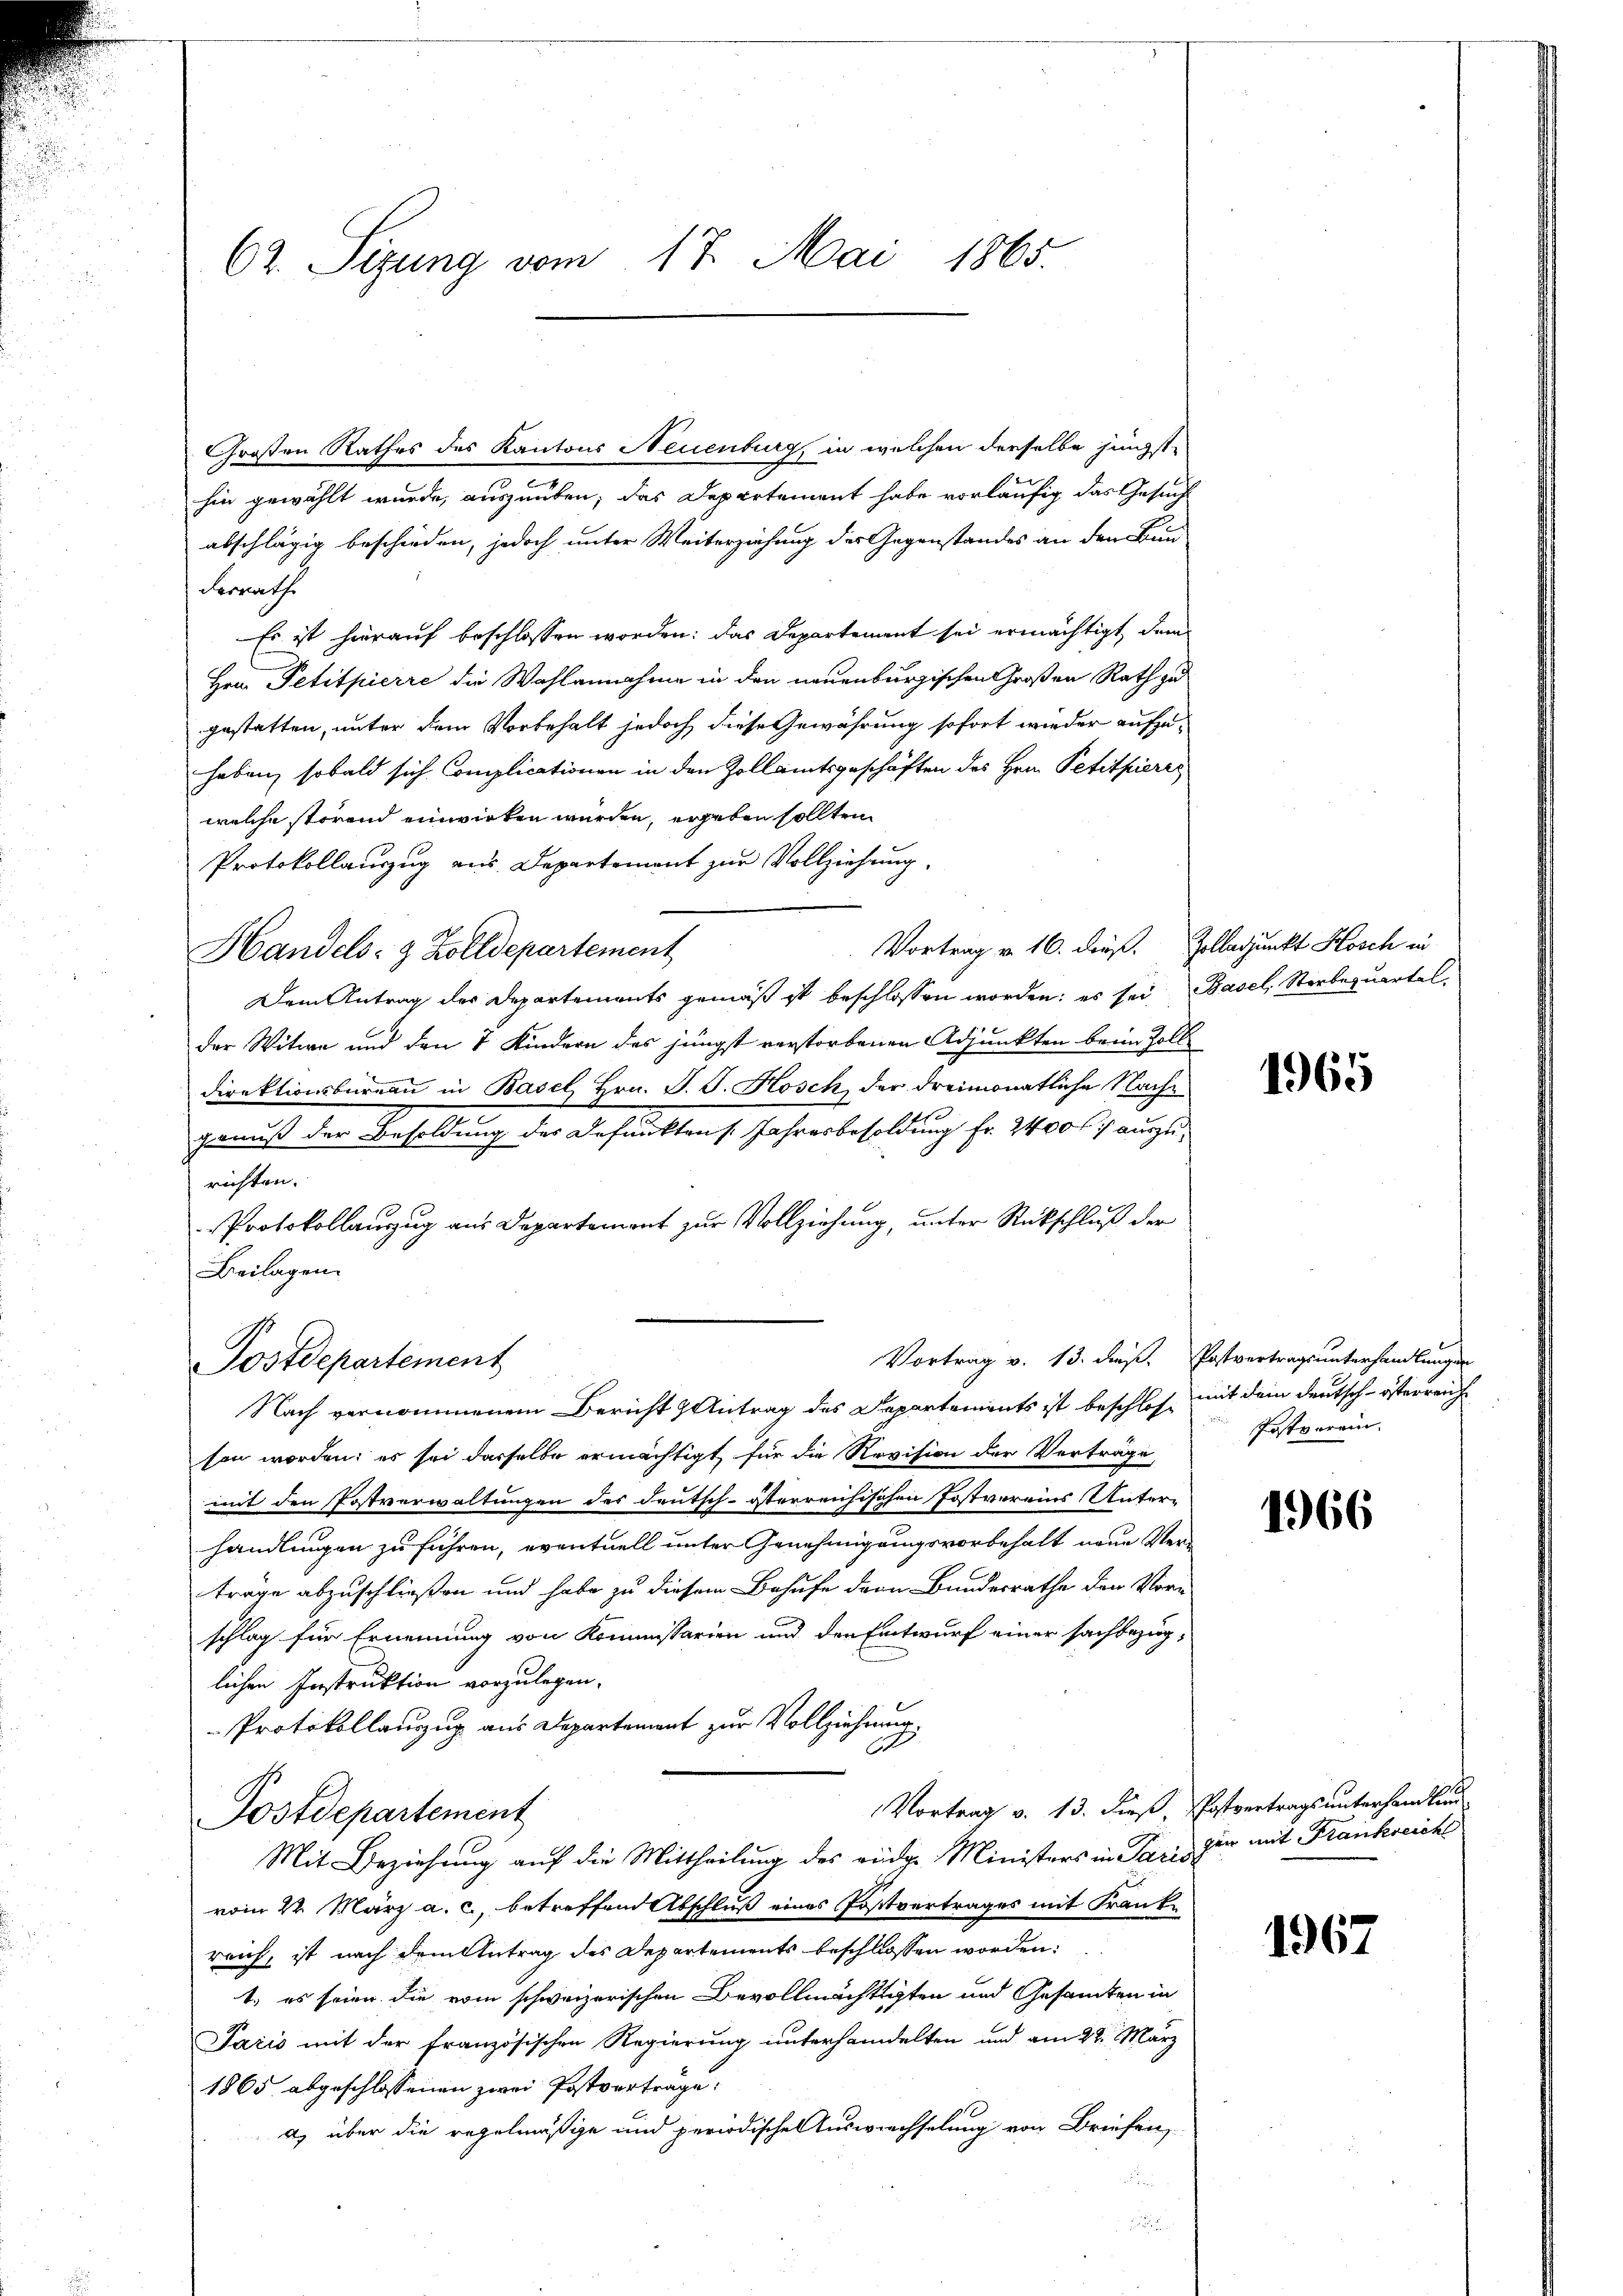
62. Sizung vom 17. Mai 1865.

Großen Rathes des Kantons Neuenburg, in welchen derselbe jüngst-
hin gewählt wurde, auszuüben; das Departement habe vorläufig das Gesuch
abschlägig beschieden, jedoch unter Weiterziehung des Gegenstandes an den Bund
Forrath
Es ist hierauf beschlossen worden: das Departement sei ermächtigt, dem
Hrn. Petitpierre die Wahlannahme in den neuenburgischen Großen Rath zu
gestatten, unter dem Vorbehalt jedoch diese Gewährung sofort wieder aufzuhaben, sobald sich Complicationen in den Zollamtsgeschäften des Hrn. Petitpierre
welche störend einwirken wurden, ergeben sollten
Protokollauszug aus Departement zur Vollziehung.
Vortrag v. 16. dieß. Zolladjunkt Hosch in
Handels- & Zolldepartement
Dem Antrag des Departements gemäß ist beschlossen worden; es sei Basel, Sterbezuartel,
der Witwe und den 7 Kindern des jüngst verstorbenen Adjunkten beim Zoll
direktionsbüreau in Basel, Hrn. J. J. Kosch der dreimonatliche Nache
genuß der Besoldung des Defunktens Jahresbesoldung fr. 2400 f: auszurichten.
Protokollauszug aus Departement zur Vollziehung, unter Rückschluß der
Beilagen.
Vortrag v. 13. dieß. Postvertragsunterhandlungen
Postdepartement
Nach vernommenem Bericht & Antrag des Departements ist beschlos mit dem Deutsch-österreich
son worden; es sei derselbe ermächtigt, für die Revision der Verträge
mit den Postverwaltungen des deutsch-österreichischen Postvereins Unterhandlungen zu führen, eventuell unter Genehmigungsvorbehalt neue Verträge abzuschließen und habe zu diesem Behufe dern Bundesrathe den Vor-
schlag für Ernennung von Kommissarien und den Entwurf einer sachbezüglichen Instruktion vorzulegen.
Protokollauzug aus Departement zur Vollziehung.
6
Vortrag v. 13. dieß Postvertrags unterhandlun
Postdepartement
Mit Beziehung auf die Mittheilung des eidg. Ministers in Paris
vom 24. März a. c., betreffend Abschluß eines Postvertrages mit Frankreich, ist nach dem Antrag des Departements beschlossen worden:
t.) es seien die vom schweizerischen Bevollmächtigten und Gesamten in
Paris mit der französischen Regierung unterhandelten und am 22. März
1865 abgeschlossenen zwei Postverträge:
a) über die regelmäßige und periodischen Auswechselung von Briefen,

1965

Postverein

1966

gen mit Frankreich

1967